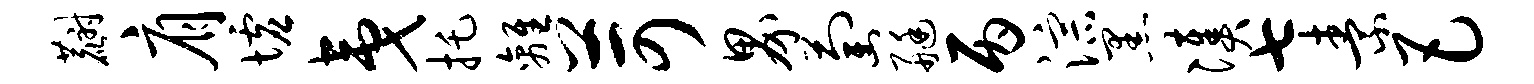
麝肩墟夷托离苛界萄艇丙淙黑凑七素巴